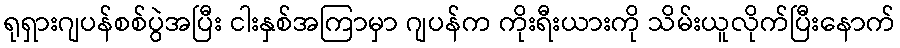
ရုရှားဂျပန်စစ်ပွဲအပြီး ငါးနှစ်အကြာမှာ ဂျပန်က ကိုးရီးယားကို သိမ်းယူလိုက်ပြီးနောက်